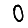
Digit: 0